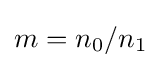
m=n_{0}/n_{1}